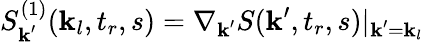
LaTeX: S_{\textbf{k}^{\prime}}^{(1)}(\textbf{k}_{l},t_{r},s)=\nabla_{\textbf{k}^{\prime}}S(\textbf{k}^{\prime},t_{r},s)|_{\textbf{k}^{\prime}=\textbf{k}_{l}}